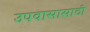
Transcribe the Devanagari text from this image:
उपवासासाठी